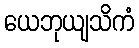
ယေဘုယျသိကံ